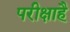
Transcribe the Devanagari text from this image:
परीक्षाहै